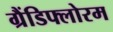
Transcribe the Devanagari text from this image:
ग्रैंडिफ्लोरम